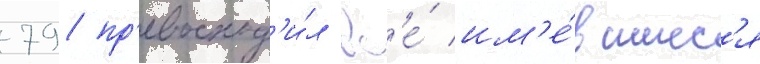
79 пр'евосход'и́л вс'е́ им'е́вшиес'я